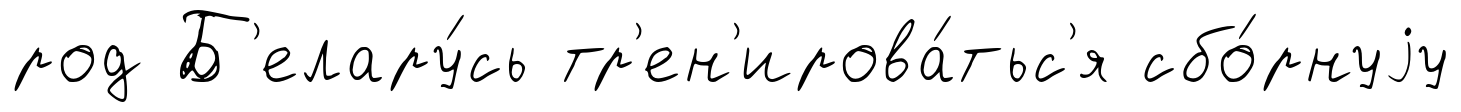
род Б'елару́сь тр'ен'ирова́тьс'я сбо́рнуjу